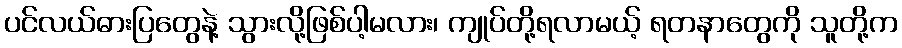
ပင်လယ်ဓားပြတွေနဲ့ သွားလို့ဖြစ်ပါ့မလား၊ ကျုပ်တို့ရလာမယ့် ရတနာတွေကို သူတို့က